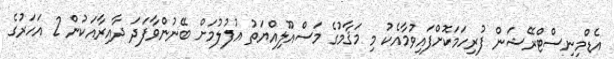
އެޑްމިނިސްޓްރޭޝަން ފުރިހަމަކޮށްފައިވުމާއެކު މި މަޤާމުގެ މަސްއޫލިއްޔަތު އުފުލުމަށް ބޭނުންވާފަދަ ދާއިރާއަކުން 2 އަހަރުގެ